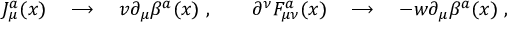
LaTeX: J _ { \mu } ^ { a } ( x ) \quad \longrightarrow \quad v \partial _ { \mu } \beta ^ { a } ( x ) \ , \qquad \partial ^ { \nu } F _ { \mu \nu } ^ { a } ( x ) \quad \longrightarrow \quad - w \partial _ { \mu } \beta ^ { a } ( x ) \ ,